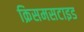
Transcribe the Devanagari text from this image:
क्रिसमसटाइड